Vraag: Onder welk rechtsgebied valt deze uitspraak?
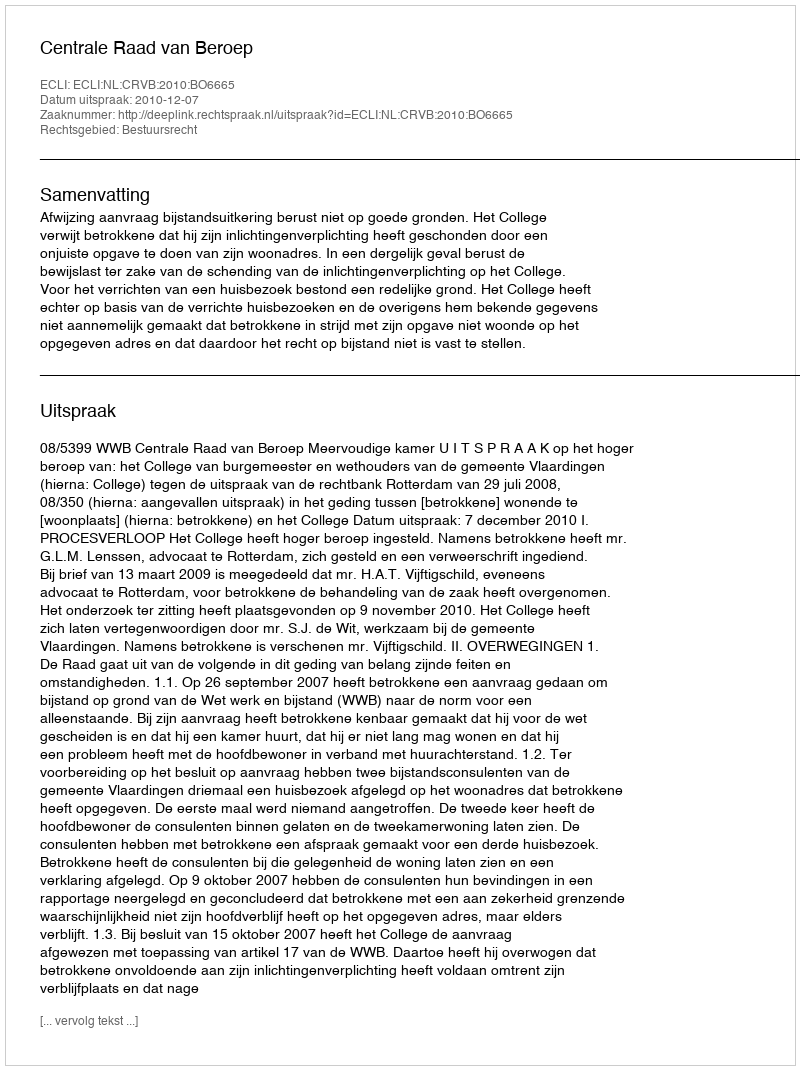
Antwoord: Bestuursrecht